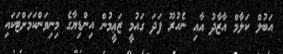
އަބުލް ކަލާމް އާޒާދު އާއި ނެހުރޫ ފަދަ ގައުމީ ޒަޢީމުން އިންޑިޔާގެ މިނިވަންކަމަށްޓަކައި